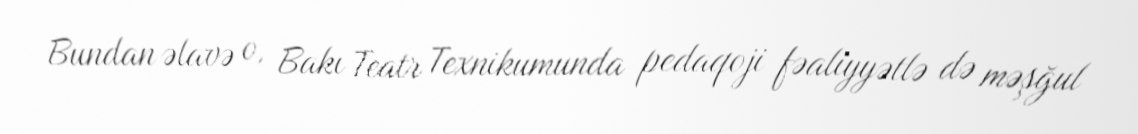
Bundan əlavə o, Bakı Teatr Texnikumunda pedaqoji fəaliyyətlə də məşğul